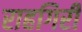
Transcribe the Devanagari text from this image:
राहगिरी